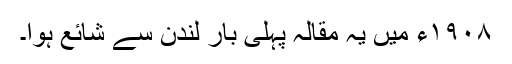
١٩٠٨ء میں یہ مقالہ پہلی بار لندن سے شائع ہوا۔